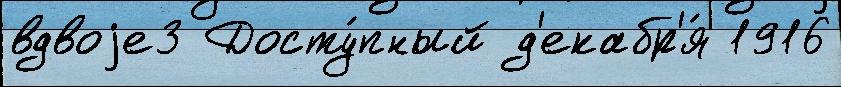
вдвоjе3 Досту́пный д'екабр'я́ 1916